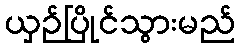
ယှဉ်ပြိုင်သွားမည်